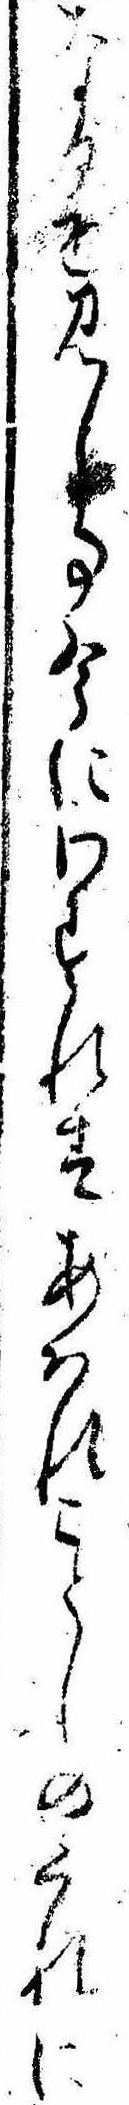
なるを見し事今にわすれすあはれことしのくれに